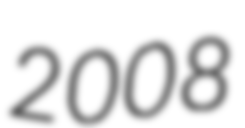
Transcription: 2008